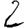
Digit: 2